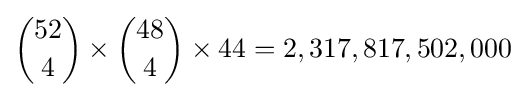
{52 \choose 4}\times {48 \choose 4}\times 44=2,317,817,502,000